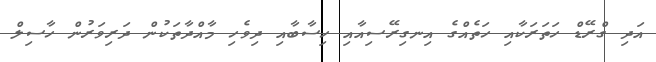
އަދި ގްރޭޑް ހަތަރަކާއި ހަތެއްގެ އިނގިރޭސިއާއި ހިސާބާއި ދިވެހި މާއްދާތަކުން ދަރިވަރުން ހާސިލް